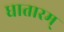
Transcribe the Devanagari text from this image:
धातारम्